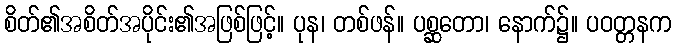
စိတ်၏အစိတ်အပိုင်း၏အဖြစ်ဖြင့်။ ပုန၊ တစ်ဖန်။ ပစ္ဆတော၊ နောက်၌။ ပဝတ္တနက